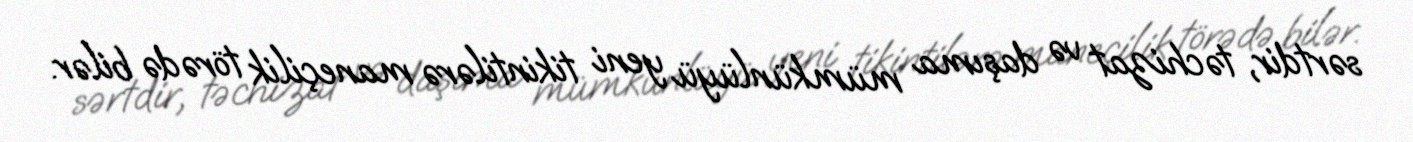
sərtdir, təchizat və daşıma mümkünlüyü yeni tikintilərə maneçilik törədə bilər.